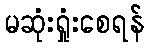
မဆုံးရှုံးစေရန်